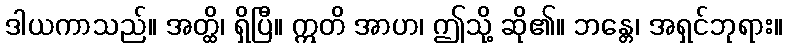
ဒါယကာသည်။ အတ္ထိ၊ ရှိပြီ။ ဣတိ အာဟ၊ ဤသို့ ဆို၏။ ဘန္တေ၊ အရှင်ဘုရား။